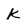
Character: k